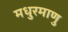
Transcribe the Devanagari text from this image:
मधुरमाणु